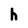
Character: h